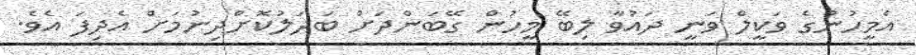
އެމީހުންގެ ވަކީލް ވަނީ ދައުވާ ލިބޭ މީހުން ގޭބަންދަށް ބަދަލުކޮށްދިނުމަށް އެދިފަ އެވެ.